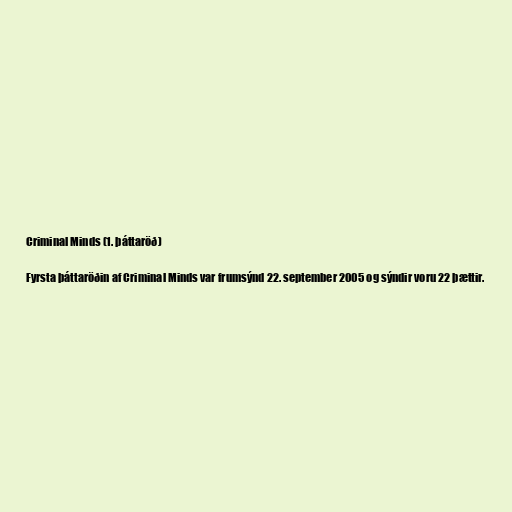
Criminal Minds (1. þáttaröð)

Fyrsta þáttaröðin af Criminal Minds var frumsýnd 22. september 2005 og sýndir voru 22 þættir.